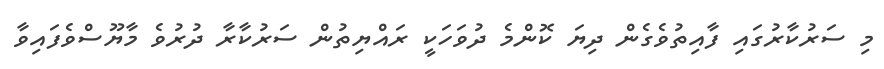
މި ސަރުކާރުގައި ފާއިތުވެގެން ދިޔަ ކޮންމެ ދުވަހަކީ ރައްޔިތުން ސަރުކާރާ ދުރުވެ މާޔޫސްވެފައިވާ